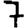
Digit: 7